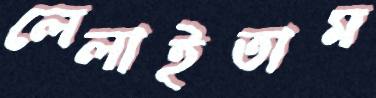
লেলাইতাম